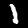
Label: 1